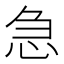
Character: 急